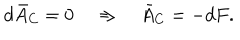
d \bar { A } _ { C } = 0 \quad \Rightarrow \quad \bar { A } _ { C } = - d F .